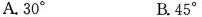
A.30° B.45°